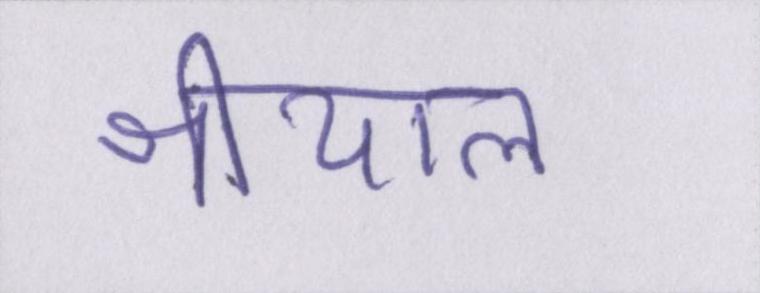
श्रीयाल